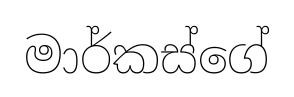
මාර්කස්ගේ